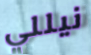
نيللي